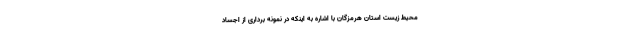
محیط زیست استان هرمزگان با اشاره به اینکه در نمونه برداری از اجساد